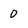
Character: 0